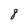
Character: 8